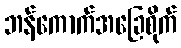
ဘန်ကောက်အခြေစိုက်